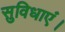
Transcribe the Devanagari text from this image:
सुविधाएं।